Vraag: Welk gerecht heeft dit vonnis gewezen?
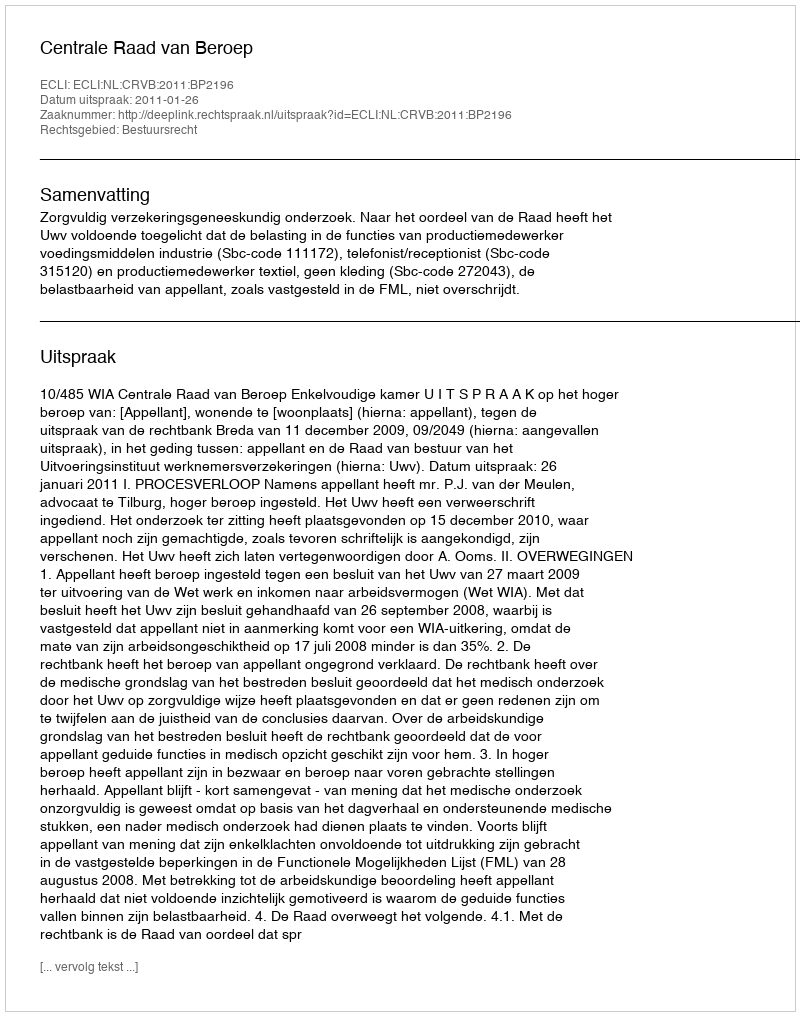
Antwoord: Centrale Raad van Beroep